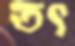
তৎ